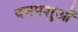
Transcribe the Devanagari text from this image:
वनपशुओं